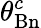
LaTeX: \theta_{\mathrm{Bn}}^{c}